Civil Veterinary Dept. Assam report 1927-50 - 1927-1950
Year: 1927
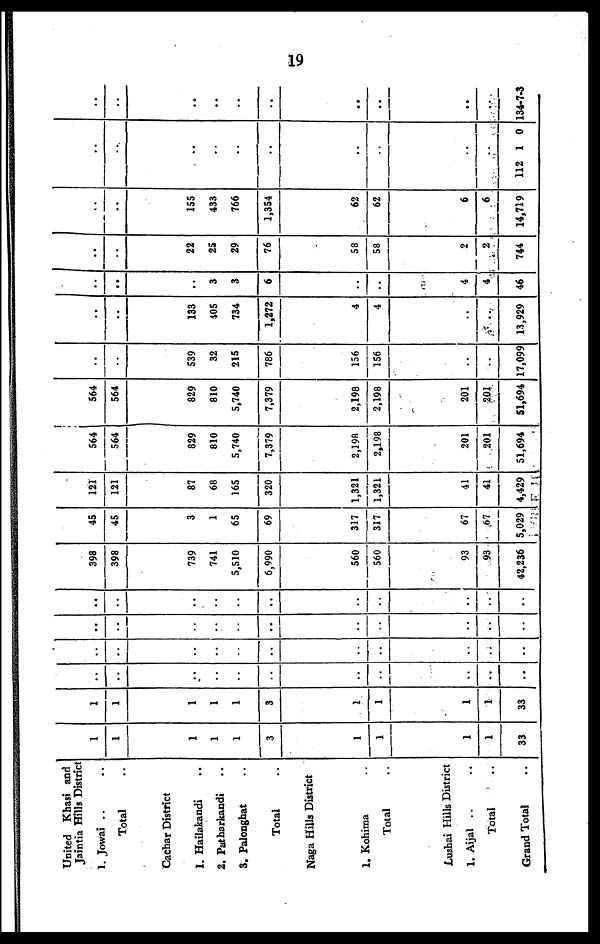
19
United Khasi and
Jaintia Hills District
1. Jowai .. ..
Total ..
Cachar District
1. Hailakandi ..
2. Patharkandi ..
3. Palonghat ..
Total ..
Naga Hills District
1. Kohima ..
Total ..
Lushai Hills District
1. Aijal .. ..
Total ..
Grand Total ..
1
1
1
1
1
3
1
1
1
1
33
1
1
1
1
1
3
1
1
1
1
33
..
..
..
..
..
..
..
..
..
..
..
..
..
..
..
..
..
..
..
..
..
..
..
..
..
..
..
..
..
..
..
..
..
..
..
..
..
..
..
..
..
..
..
..
398
398
739
741
5,510
6,990
560
560
93
93
42,236
45
45
3
1
65
69
317
317
67
67
5,029
121
121
87
68
165
320
1,321
1,321
41
41
4,429
i
564
564
829
810
5,740
7,379
2,198
2,198
201
201
51,694
564
564
829
810
5,740
7,379
2,198
2,198
201
201
51,694
..
..
539
32
215
786
156
156
..
..
17,099
..
..
133
405
734
1,272
4
4
..
..
13,929
..
..
..
3
3
6
..
..
4
4
46
..
..
22
25
29
76
58
58
2
2
744
..
..
155
433
766
1,354
62
62
6
6
14,719
..
..
..
..
..
..
..
..
..
..
112 1 0
..
..
..
..
..
..
..
..
..
..
134-7-3